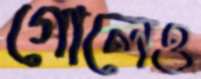
গোলেও